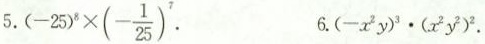
$$(-25)^{8}\times(- \frac{1}{25})^{7}$$ 6.(-x^{2} y)^{3} \cdot (x^{2} y^{2})^{2}.